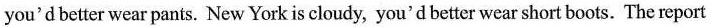
you'd better wear pants. New York is cloudy, you'd better wear short boots. The report